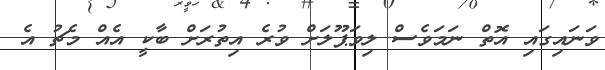
ވަނައިގައި އޮތް ނަމަވެސް ލިވަޕޫލަށް ވުރެ އިތުރަށް ބާކީ އެއް މެޗު އެ